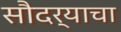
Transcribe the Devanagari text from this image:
सौदर्याचा